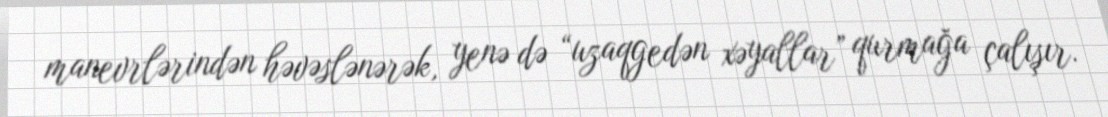
manevrlərindən həvəslənərək, yenə də “uzaqgedən xəyallar” qurmağa çalışır.